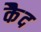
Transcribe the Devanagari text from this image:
कैेद